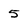
Character: 5